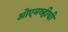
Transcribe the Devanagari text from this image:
ओएमव्हीची